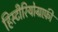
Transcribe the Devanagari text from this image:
हिस्टीरियोग्राफ़ी